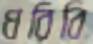
ধরিবি